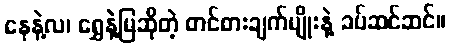
နေနဲ့လ၊ ရွှေနဲ့မြဆိုတဲ့ တင်စားချက်မျိုးနဲ့ ခပ်ဆင်ဆင်။